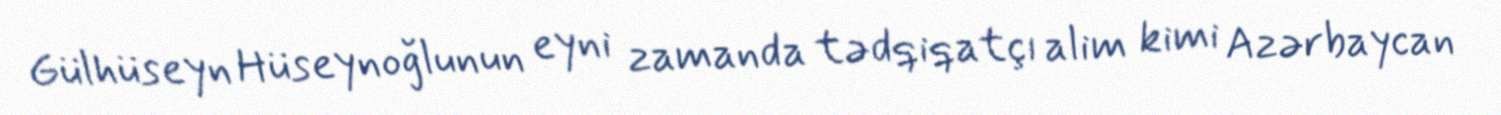
Gülhüseyn Hüseynoğlunun eyni zamanda tədqiqatçı alim kimi Azərbaycan